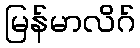
မြန်မာလိဂ်